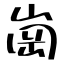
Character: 崗